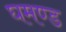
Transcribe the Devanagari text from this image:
घमण्‍ड